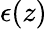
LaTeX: \epsilon(z)